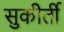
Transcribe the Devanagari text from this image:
सुकीर्ती